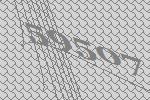
59507